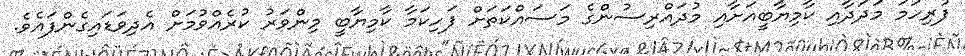
ފުރިހަމަ މަދަދާއި ކާމިޔާބީއަށާއި މުދައްރިސުންގެ މަސައްކަތަށް ފަހިކަމާ ކާމިޔާބީ މިންވަރު ކުރެއްވުމަށް އެދިވަޑައިގެންފައެވެ.